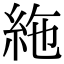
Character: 絁